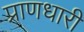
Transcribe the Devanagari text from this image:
प्राणधारी